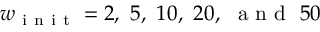
w _ { \mathrm { ~ i ~ n ~ i ~ t ~ } } = 2 , \ 5 , \ 1 0 , \ 2 0 , \ \mathrm { ~ a ~ n ~ d ~ } \ 5 0